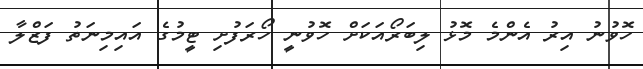
ހޮވުނު އިރު އެންމެ މޮޅު ލިބަރޯއަކަށް ހޮވުނީ ހޯރަފުށި ޓީމުގެ އައިމިނަތު ފަޒްލާ